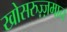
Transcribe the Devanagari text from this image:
खोसरुज़्ज़मान